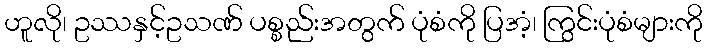
ဟူလို၊ ဥဿနှင့်ဥသဏ် ပစ္စည်းအတွက် ပုံစံကို ပြအံ့၊ ကြွင်းပုံစံများကို